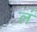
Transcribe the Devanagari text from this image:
ल॑